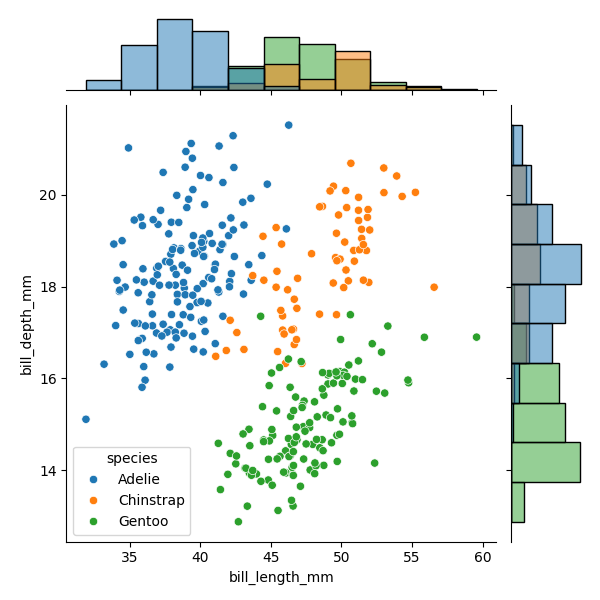
python, seaborn, JointGrid, scatterplot, histplot, hue